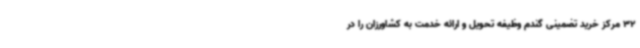
32 مرکز خرید تضمینی گندم وظیفه تحویل و ارائه خدمت به کشاورزان را در